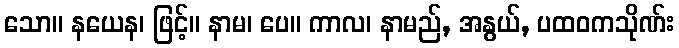
သော။ နယေန၊ ဖြင့်။ နာမ၊ ပေ။ ကာလ၊ နာမည်, အနွယ်, ပထဝကသိုဏ်း